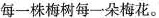
每一株梅树每一朵梅花。